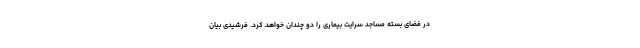
در فضای بسته مساجد سرایت بیماری را دو چندان خواهد کرد. فرشیدی بیان